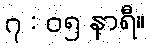
၇ : ၀၅ နာရီ။